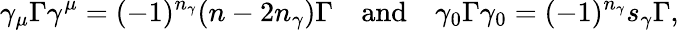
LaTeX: \gamma_{\mu}\Gamma\gamma^{\mu}=(-1)^{n_{\gamma}}(n-2n_{\gamma})\Gamma\quad\mathrm{and}\quad\gamma_{0}\Gamma\gamma_{0}=(-1)^{n_{\gamma}}s_{\gamma}\Gamma,